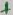
Text: +